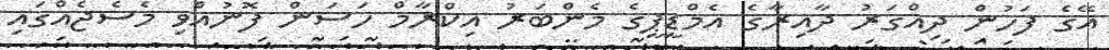
އޭގެ ފަހުން ދިއްގަރު ދާއިރާގެ އެމްޑީޕީގެ މެންބަރު އިކްރާމް ހަސަން ފޮނުއްވި މެސެޖެއްގައި